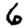
Digit: 6